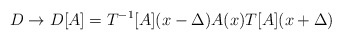
\begin{align*}D\rightarrow D[A]=T^{-1}[A](x-\Delta )A(x)T[A](x+\Delta )\end{align*}